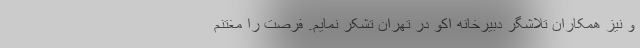
و نیز همکاران تلاشگر دبیرخانه اکو در تهران تشکر نمایم. فرصت را مغتنم